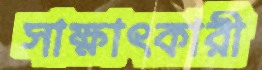
সাক্ষাৎকারী